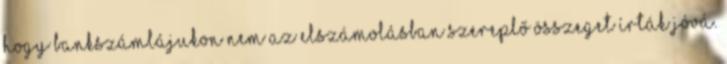
hogy bankszámlájukon nem az elszámolásban szereplő összeget írták jóvá.